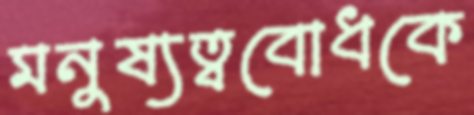
মনুষ্যত্ববোধকে